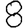
Digit: 8